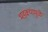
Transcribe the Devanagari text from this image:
भडक्यामुळे